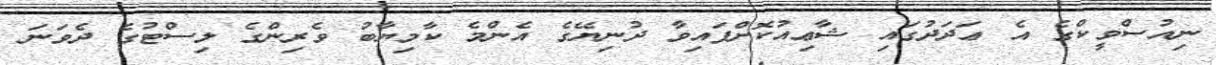
ނިއުސްވީކްގެ އެ ޢަދަދުގައި ޝާޢިއުކޮށްފައިވާ ދުނިޔޭގެ އެންމެ ކާމިޔާބު ވެރިންގެ ލިސްޓުގެ ދެވަނަ